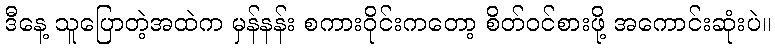
ဒီနေ့ သူပြောတဲ့အထဲက မှန်နန်း စကားဝိုင်းကတော့ စိတ်ဝင်စားဖို့ အကောင်းဆုံးပဲ။